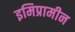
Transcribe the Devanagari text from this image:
इमिप्रामीन